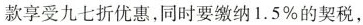
款享受九七折优惠，同时要缴纳1.5%的契税，